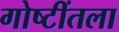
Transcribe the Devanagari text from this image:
गोष्टींतला